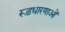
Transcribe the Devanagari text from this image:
रूढ़धारणाओं